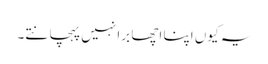
یہ کیوں اپنا اچھا برا نہیں پہچانتے۔